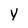
Character: y